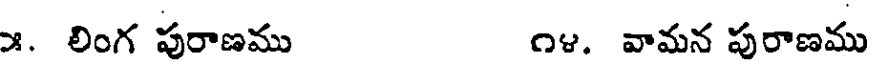
౫. లింగ పురాణము ౧౪. వామన పురాణము